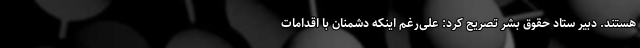
هستند. دبیر ستاد حقوق بشر تصریح کرد: علی‌رغم اینکه دشمنان با اقدامات